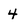
Character: 4